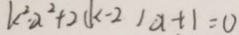
k ^ { 2 } \cdot \alpha ^ { 2 } + 2 ( k - 2 ) \alpha + = 0